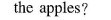
the apples?